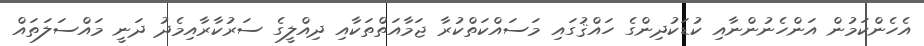
އެހެންކަމުން އަންހެނުންނާއި ކުޑަކުދިންގެ ހައްޤުގައި މަސައްކަތްކުރާ ޖަމާއަތްތަކާއި ދިއްލީގެ ސަރުކާރާއިމެދު ދަނީ މައްސަލަތައް